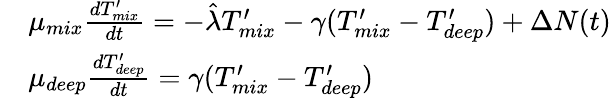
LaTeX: \begin{array}{rl}&{\mu_{mix}\frac{dT_{mix}^{\prime}}{dt}=-\hat{\lambda}T_{mix}^{\prime}-\gamma(T_{mix}^{\prime}-T_{deep}^{\prime})+\Delta N(t)}\\ &{\mu_{deep}\frac{dT_{deep}^{\prime}}{dt}=\gamma(T_{mix}^{\prime}-T_{deep}^{\prime})}\end{array}